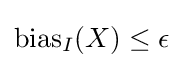
{\text{bias}}_{I}(X)\leq \epsilon